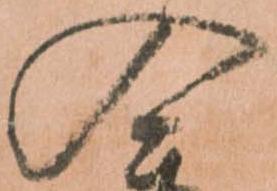
入